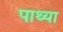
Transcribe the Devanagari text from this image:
पाथ्या